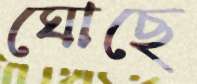
ঘোছে